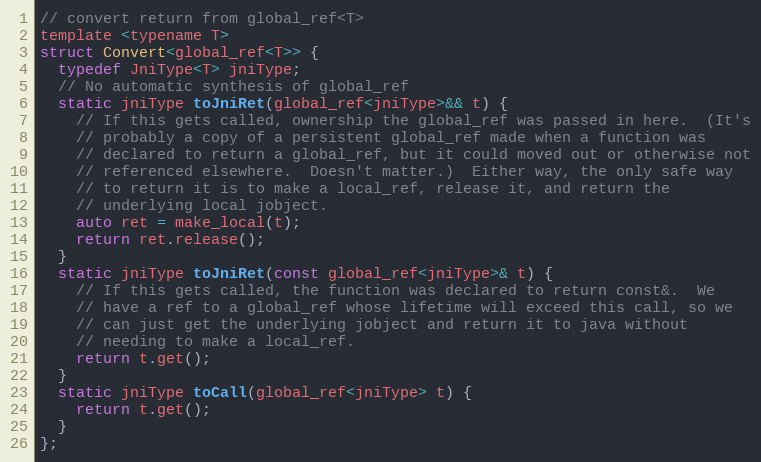
Language: C
// convert return from global_ref<T>
template <typename T>
struct Convert<global_ref<T>> {
  typedef JniType<T> jniType;
  // No automatic synthesis of global_ref
  static jniType toJniRet(global_ref<jniType>&& t) {
    // If this gets called, ownership the global_ref was passed in here.  (It's
    // probably a copy of a persistent global_ref made when a function was
    // declared to return a global_ref, but it could moved out or otherwise not
    // referenced elsewhere.  Doesn't matter.)  Either way, the only safe way
    // to return it is to make a local_ref, release it, and return the
    // underlying local jobject.
    auto ret = make_local(t);
    return ret.release();
  }
  static jniType toJniRet(const global_ref<jniType>& t) {
    // If this gets called, the function was declared to return const&.  We
    // have a ref to a global_ref whose lifetime will exceed this call, so we
    // can just get the underlying jobject and return it to java without
    // needing to make a local_ref.
    return t.get();
  }
  static jniType toCall(global_ref<jniType> t) {
    return t.get();
  }
};